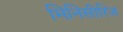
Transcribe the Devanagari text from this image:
मिनिसीरिज